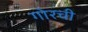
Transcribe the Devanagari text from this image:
गोरची